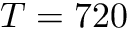
T = 7 2 0